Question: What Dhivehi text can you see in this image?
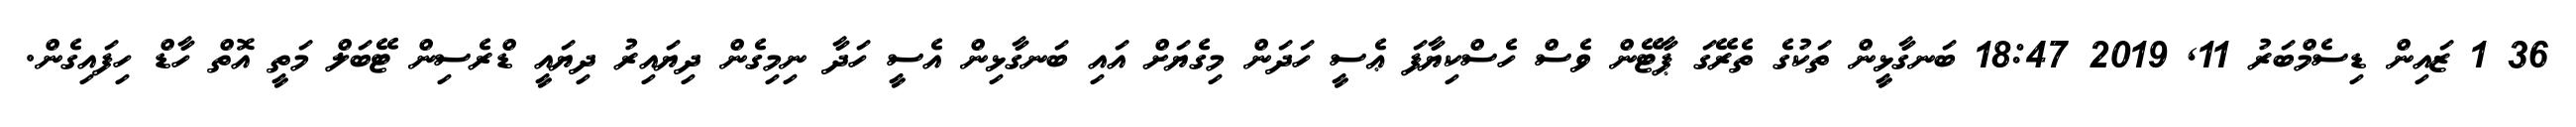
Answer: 36 1 ޒައިން ޑިސެމްބަރު 11, 2019 18:47 ބަނގާޅީން ތަކުގެ ތެރޭގަ ޕާޓޭން ވެސް ހެސްކިޔާފަ ޢެސީ ހަދަން މިގެޔަށް އައި ބަނގާޅިން އެސީ ހަދާ ނިމިގެން ދިޔައިރު ދިޔައީ ޑްރެސިން ޓޭބަލް މަތީ އޮތް ހާޑް ހިފައިގެން.